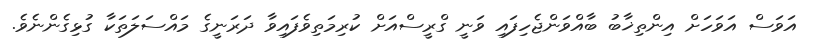
އަވަސް އަވަހަށް އިންތިޚާބު ބާއްވަންޖެހިފައި ވަނީ ގްރީސްއަށް ކުރިމަތިވެފައިވާ ދަރަނީގެ މައްސަލަތަކާ ގުޅިގެންނެވެ.